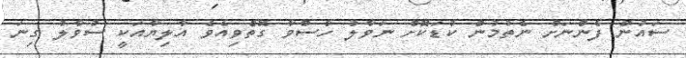
ސައުން ފެންނަށް ނެތުމުން ކުޑަކޮށް ނަވާލު ހާސްވާ ގޮތްވިއެވެ އާލިޔާއަކީ ސުވާލު ގިނަ